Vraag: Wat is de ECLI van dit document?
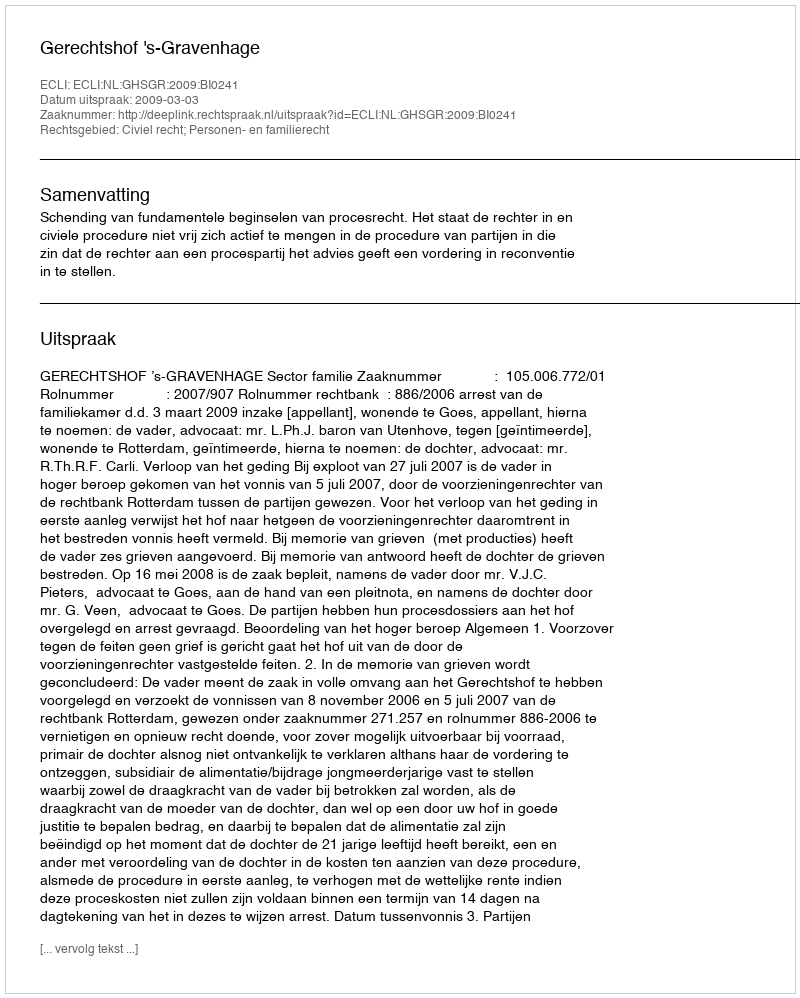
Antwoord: ECLI:NL:GHSGR:2009:BI0241